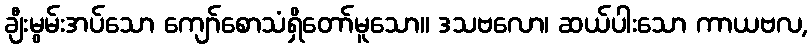
ချီးမွမ်းအပ်သော ကျော်စောသံရှိတော်မူသော။ ဒသဗလော၊ ဆယ်ပါးသော ကာယဗလ,